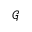
\mathcal { G }